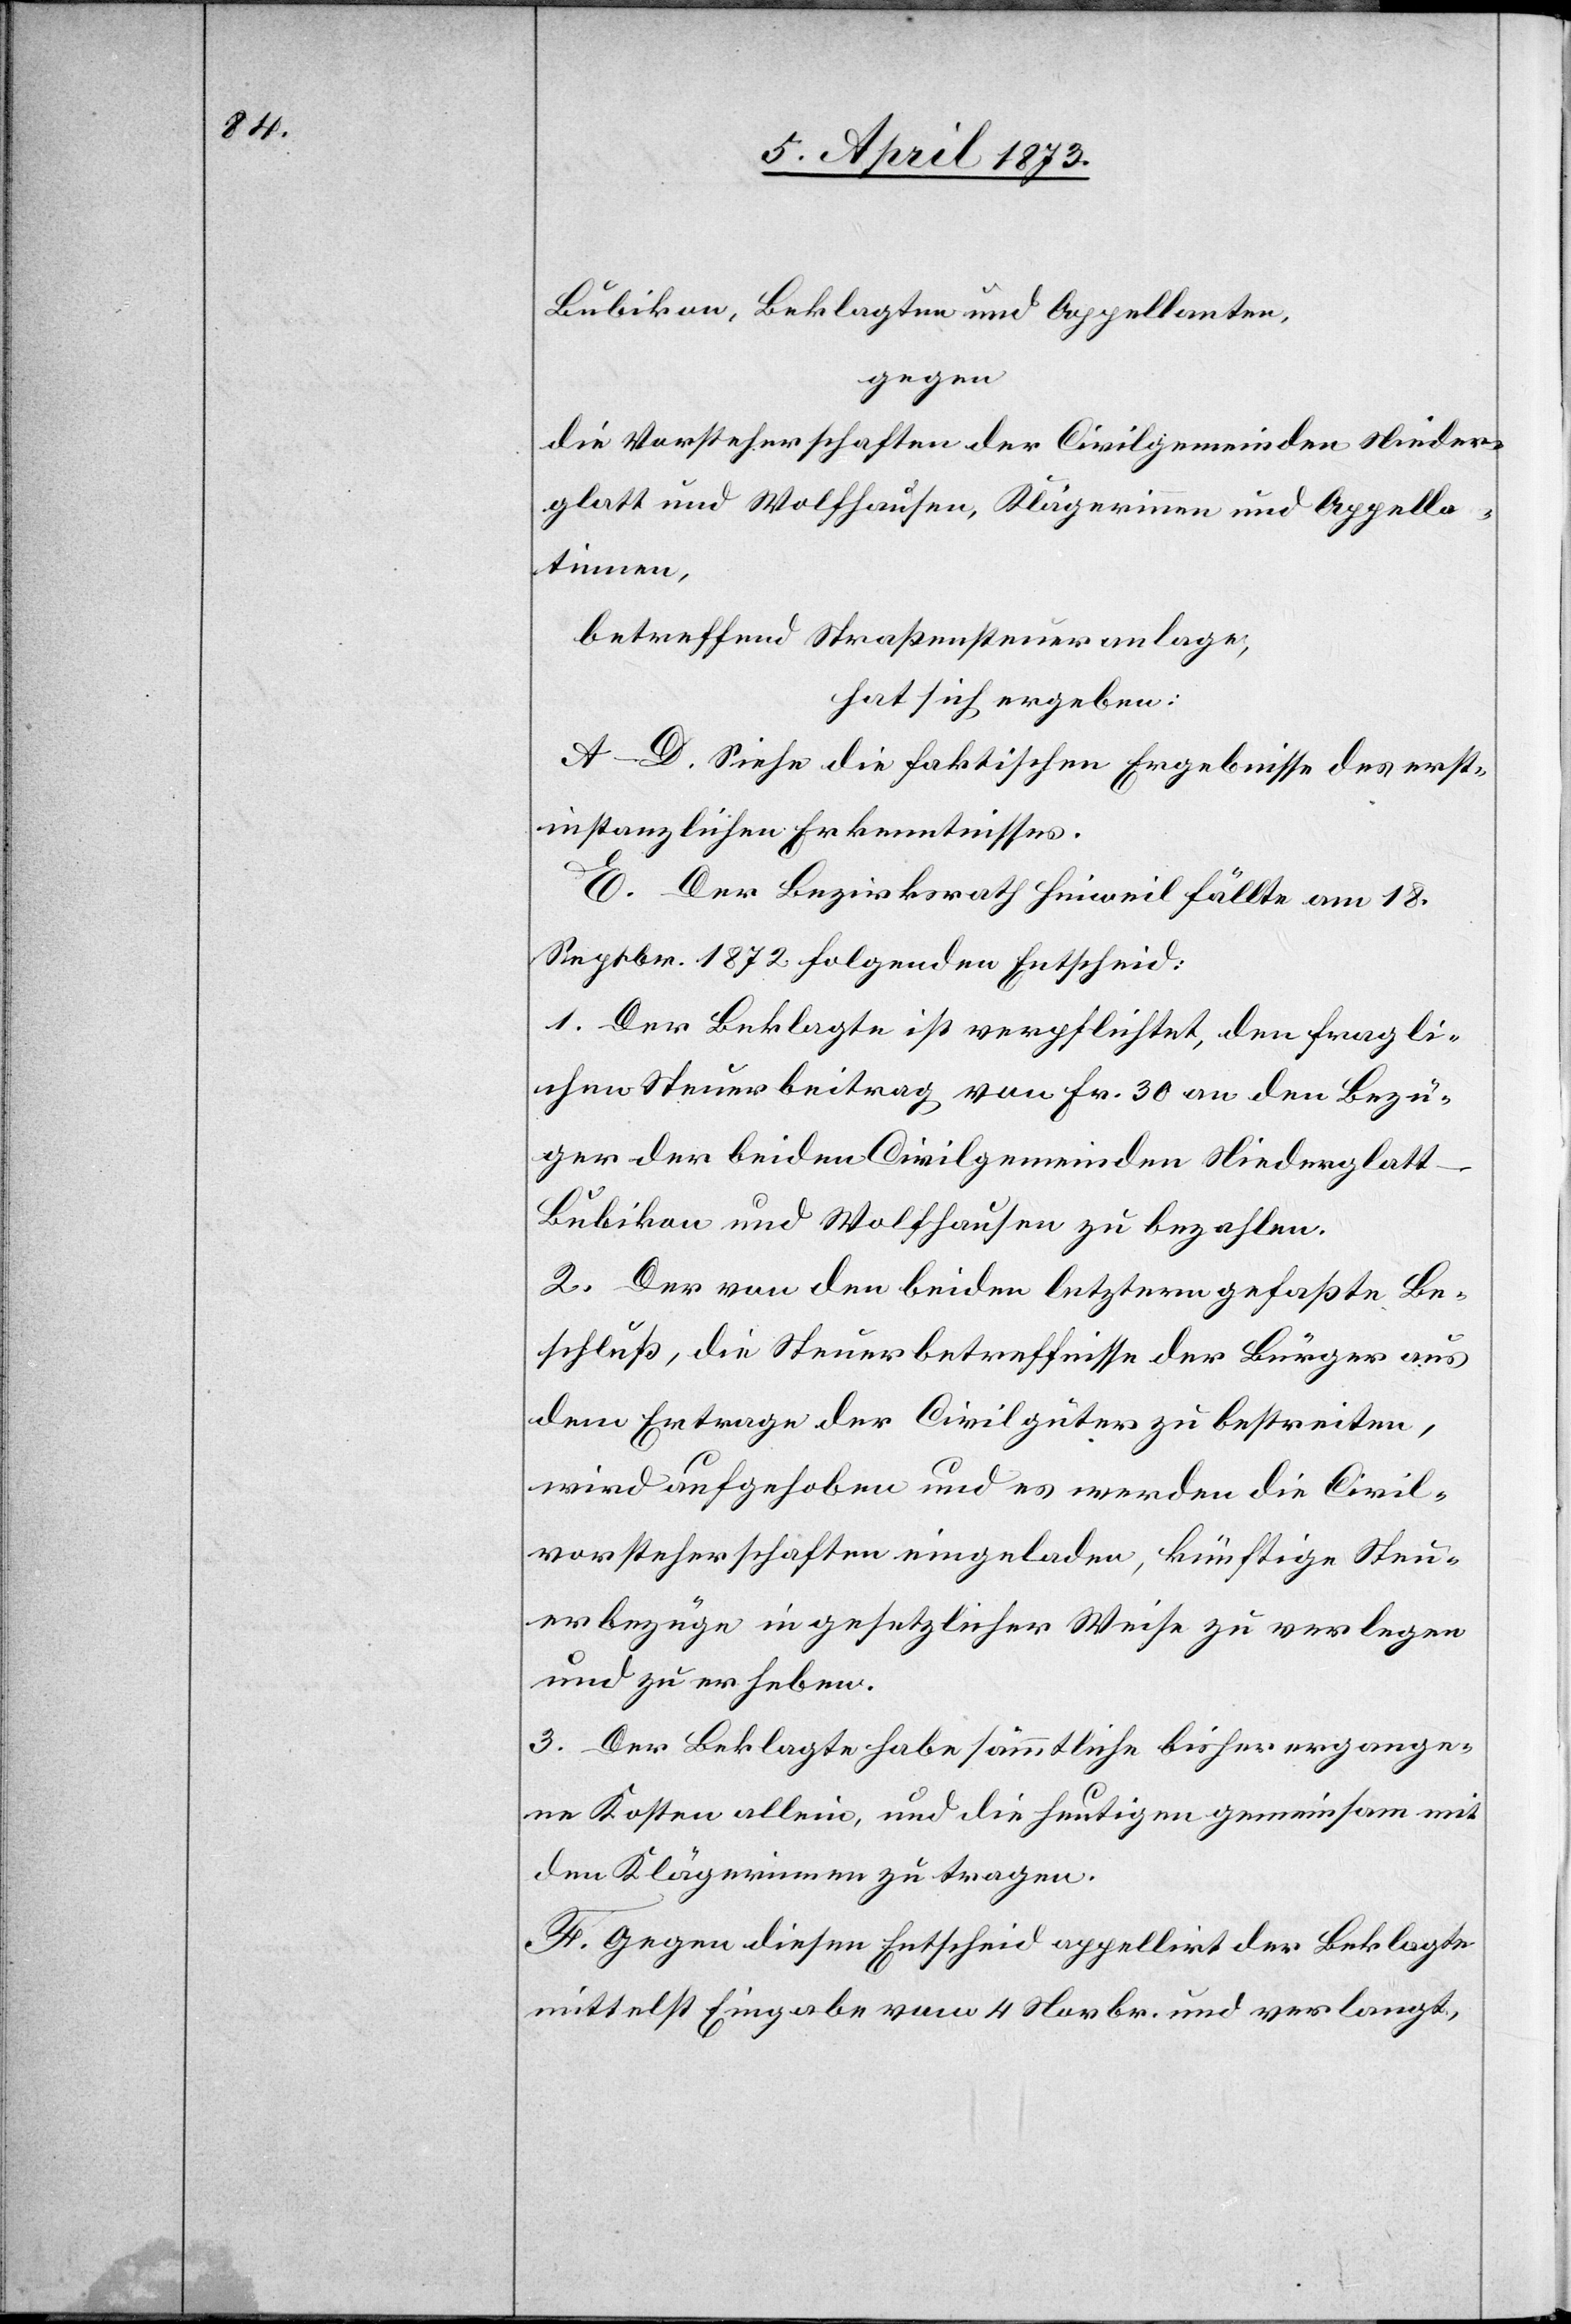
Bubikon, Beklagten und Appellanten,
gegen
die Vorsteherschaften der Civilgemeinden Nieder¬
glatt und Wolfhausen, Klägerinnen und Appella¬
tinnen,
betreffend Straßensteueranlage,
hat sich ergeben:
A–D. Siehe die faktischen Ergebnisse des erst¬
instanzlichen Erkenntnisses.
E. Der Bezirksrath Hinweil fällte am 18.
Septbr. 1872 folgenden Entscheid:
1. Der Beklagte ist verpflichtet, den fragli¬
chen Steuerbeitrag von Fr. 30 an den Bezü¬
ger der beiden Civilgemeinden Niederglat¬
t-Bubikon und Wolfhausen zu bezahlen.
2. Der von den beiden letztern gefaßte Be¬
schluß, die Steuerbetreffnisse der Bürger aus
dem Ertrage der Civilgüter zu bestreiten,
wird aufgehoben und es werden die Civil¬
vorsteherschaften eingeladen, künftige Steu¬
erbezüge in gesetzlicher Weise zu verlegen
und zu erheben.
3. Der Beklagte habe sämmtliche bisher ergange¬
nen Kosten allein, und die heutigen gemeinsam mit
den Klägerinnen zu tragen.
F. Gegen diesen Entscheid appellirt der Beklagte
mittelst Eingabe vom 4 Novbr. und verlangt,